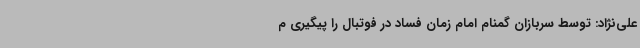
علی‌نژاد: توسط سربازان گمنام امام زمان فساد در فوتبال را پیگیری م